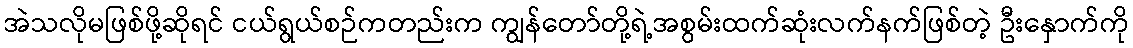
အဲသလိုမဖြစ်ဖို့ဆိုရင် ငယ်ရွယ်စဉ်ကတည်းက ကျွန်တော်တို့ရဲ့အစွမ်းထက်ဆုံးလက်နက်ဖြစ်တဲ့ ဦးနှောက်ကို